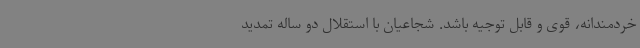
خردمندانه، قوی و قابل توجیه باشد. شجاعیان با استقلال دو ساله تمدید